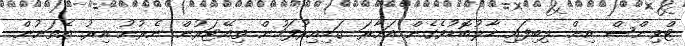
ޓްވިންސް އިން ލިބިފައި ހާލުބޮޑުވެގެން އަށާރަ ގަޑިއިރުފަހުން ތިއޭޓަރުން ނެރުނު އިރު އެތަނުން